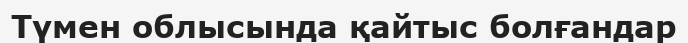
Түмен облысында қайтыс болғандар